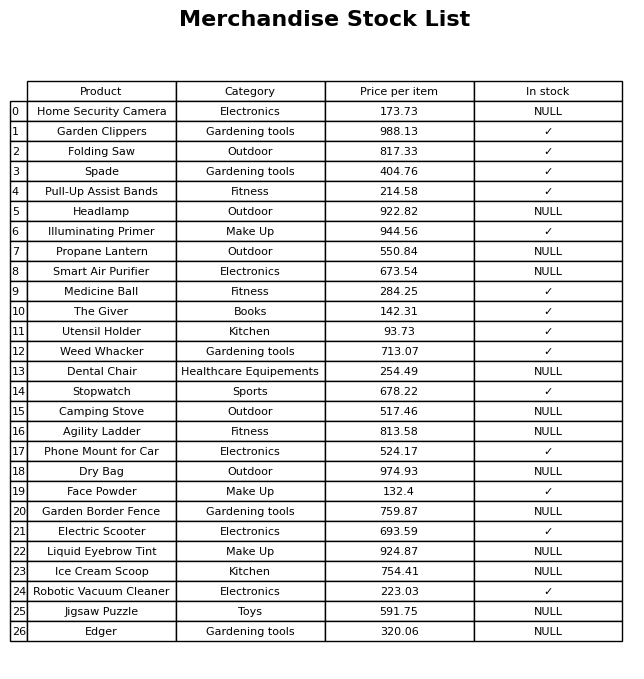
question: Is the Propane Lantern in stock?
answer: NULL